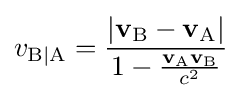
v_{\mathrm {B|A} }={\frac {\left|\mathbf {v} _{\mathrm {B} }-\mathbf {v} _{\mathrm {A} }\right|}{1-{\frac {\mathbf {v} _{\mathrm {A} }\mathbf {v} _{\mathrm {B} }}{c^{2}}}}}